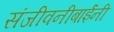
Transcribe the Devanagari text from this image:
संजीवनीबाईंनी